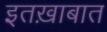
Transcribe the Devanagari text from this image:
इतख़ाबात